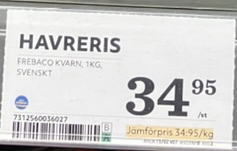
Vara: Havreris
Genomsnittspris: 34.95 per kg